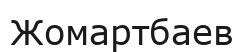
Жомартбаев